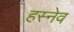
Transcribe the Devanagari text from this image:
हस्नेव